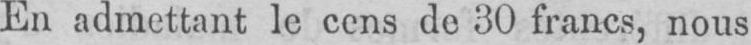
En admettant le cens de 30 francs, nous